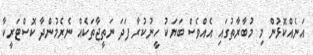
އަނެއްކޮޅުން މި މުބާރާތުގައި އެއްވެސް ބަޔަކު ހީނުކުރާ ފަދަ ނަތީޖާތަކެއް ނެރެމުންދާ ކޮސްޓަރީކާ